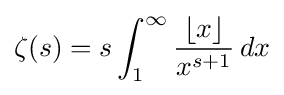
\zeta (s)=s\int _{1}^{\infty }{\frac {\lfloor x\rfloor }{x^{s+1}}}\,dx